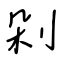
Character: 剁